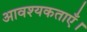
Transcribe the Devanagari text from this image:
आवश्यकताएँ।